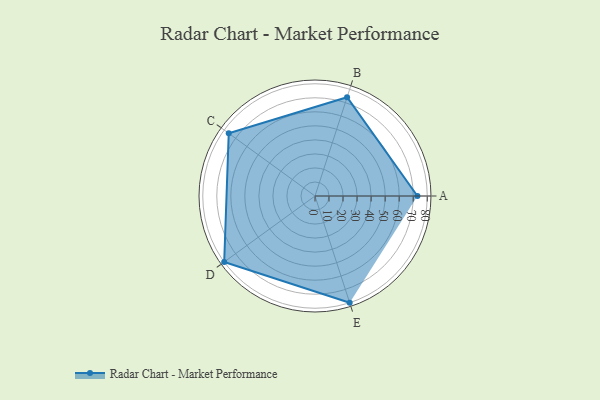
{"axis": {"x": "Skill", "y": "Score"}, "legend": ["Profile"], "data": [{"x": "A", "y": 73.0, "type": "Profile"}, {"x": "B", "y": 74.0, "type": "Profile"}, {"x": "C", "y": 76.0, "type": "Profile"}, {"x": "D", "y": 80.0, "type": "Profile"}, {"x": "E", "y": 80.0, "type": "Profile"}]}